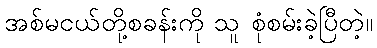
အစ်မငယ်တို့စခန်းကို သူ စုံစမ်းခဲ့ပြီတဲ့။